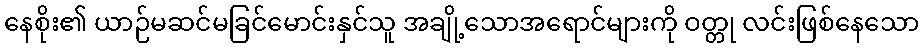
နေစိုး၏ ယာဉ်မဆင်မခြင်မောင်းနှင်သူ အချို့သောအရောင်များကို ဝတ္တု လင်းဖြစ်နေသော